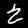
Label: 2